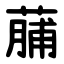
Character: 䔕